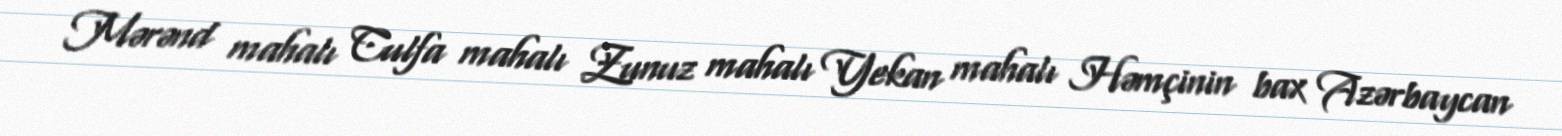
Mərənd mahalı Culfa mahalı Zunuz mahalı Yekan mahalı Həmçinin bax Azərbaycan